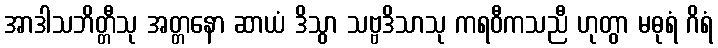
အာဒါသဘိတ္တီသု အတ္တနော ဆာယံ ဒိသွာ သဗ္ဗဒိသာသု ကရဝီကသညီ ဟုတွာ မဓုရံ ဂိရံ